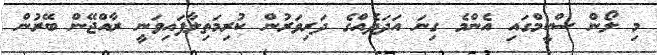
މި ލޯން ސްކީމްގައި އެންމެ ގިނަ އަދަދެއްގެ ދަރިވަރުން ކުރިމަތިލާފައިވަނީ ރާއްޖޭން ބޭރުން